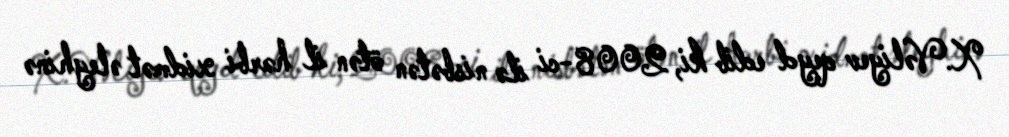
X.Vəliyev qeyd edib ki, 2008-ci ilə nisbətən ötən il hərbi xidmət əleyhinə